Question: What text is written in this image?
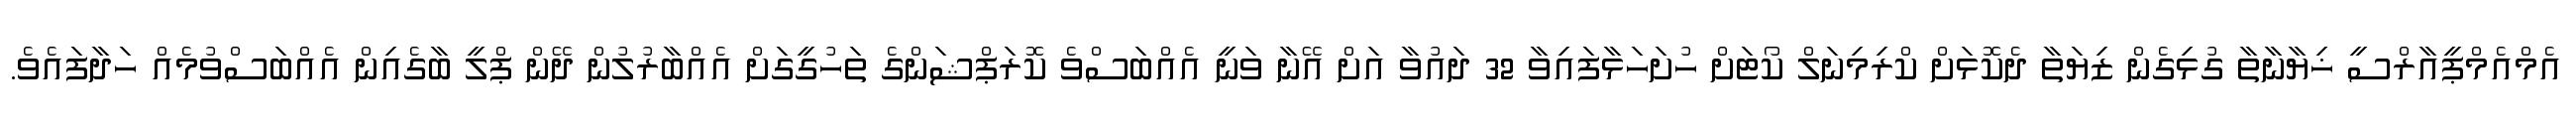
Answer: އެމްއެމްޕީއާރްސީ ޚިޔާނާތާ ގުޅިގެން ޒިޔަތާ ދެކޮޅަށް ކްރިމިނަލް ކޯޓަށް ހުށަހަޅާފައިވާ 32 ދައުވާ އަށް އޭނާ ވަނީ އެއްބަސްވެ ކޮރަޕްޝަންގެ ތަހުގީގަށް އެއްބާރުލުން ދޭން ޕްލީ ބާގެއިން އެއްބަސްވުމެއް ހަދާފައެވެ.